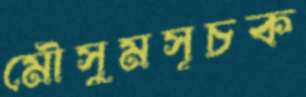
মৌসুমসূচক